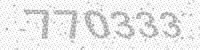
Solution: 770333